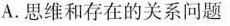
A.思维和存在的关系问题